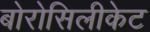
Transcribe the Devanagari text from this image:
बोरोसिलीकेट